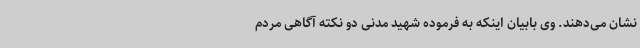
نشان می‌دهند. وی بابیان اینکه به فرموده شهید مدنی دو نکته آگاهی مردم